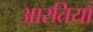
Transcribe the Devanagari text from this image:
आरतियाँ